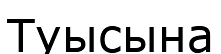
Туысына